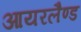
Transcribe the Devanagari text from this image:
आयरलैण्‍ड